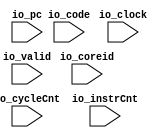

module DifftestTrapEvent(
  input         io_clock,
input  [ 7:0] io_coreid,
input         io_valid,
input  [63:0] io_cycleCnt,
input  [63:0] io_instrCnt,
input  [ 2:0] io_code,
input  [63:0] io_pc
);
`ifndef SYNTHESIS
`ifdef DIFFTEST

import "DPI-C" function void v_difftest_TrapEvent (
input     byte io_coreid,
input      bit io_valid,
input  longint io_cycleCnt,
input  longint io_instrCnt,
input     byte io_code,
input  longint io_pc
);

  always @(posedge io_clock) begin
    v_difftest_TrapEvent (io_coreid,io_valid,io_cycleCnt,io_instrCnt,io_code,io_pc);
  end
`endif
`endif
endmodule